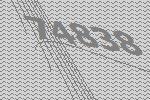
74838